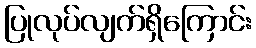
ပြုလုပ်လျက်ရှိကြောင်း